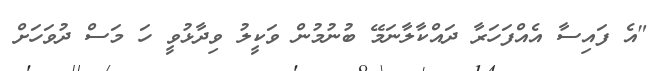
"އެ ފައިސާ އެއްފަހަރާ ދައްކާލާނަމޭ ބުނުމުން ވަކީލު ވިދާޅުވީ ހަ މަސް ދުވަހަށް